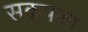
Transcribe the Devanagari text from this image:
सकपका